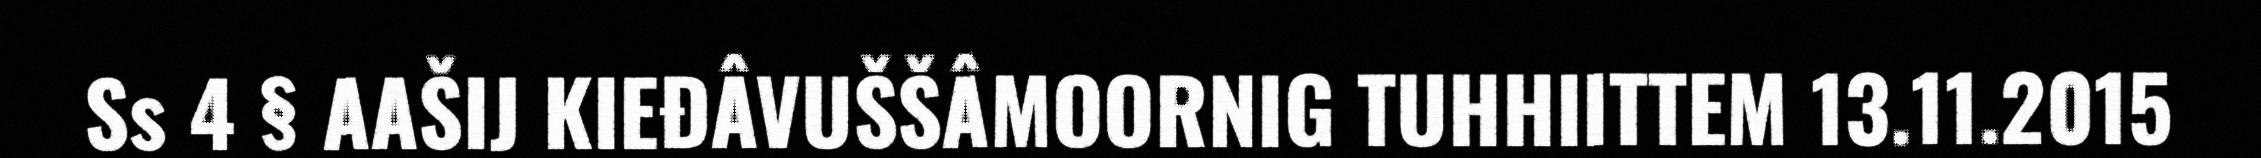
Ss 4 § AAŠIJ KIEĐÂVUŠŠÂMOORNIG TUHHIITTEM 13.11.2015